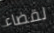
لقضاء